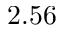
2 . 5 6